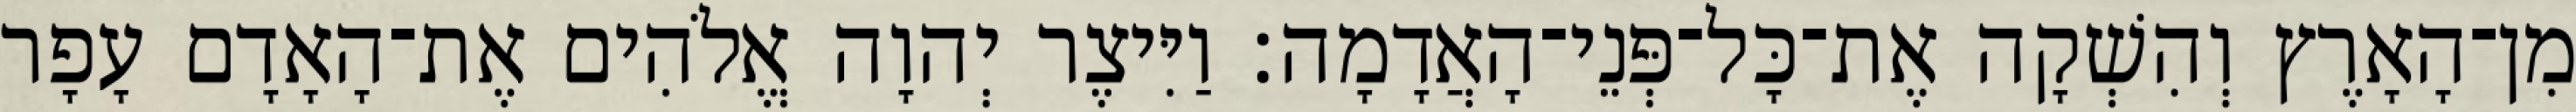
מִן־הָאָרֶץ וְהִשְׁקָה אֶת־כָּל־פְּנֵי־הָאֲדָמָה׃ וַיִּיצֶר יְהוָה אֱלֹהִים אֶת־הָאָדָם עָפָר